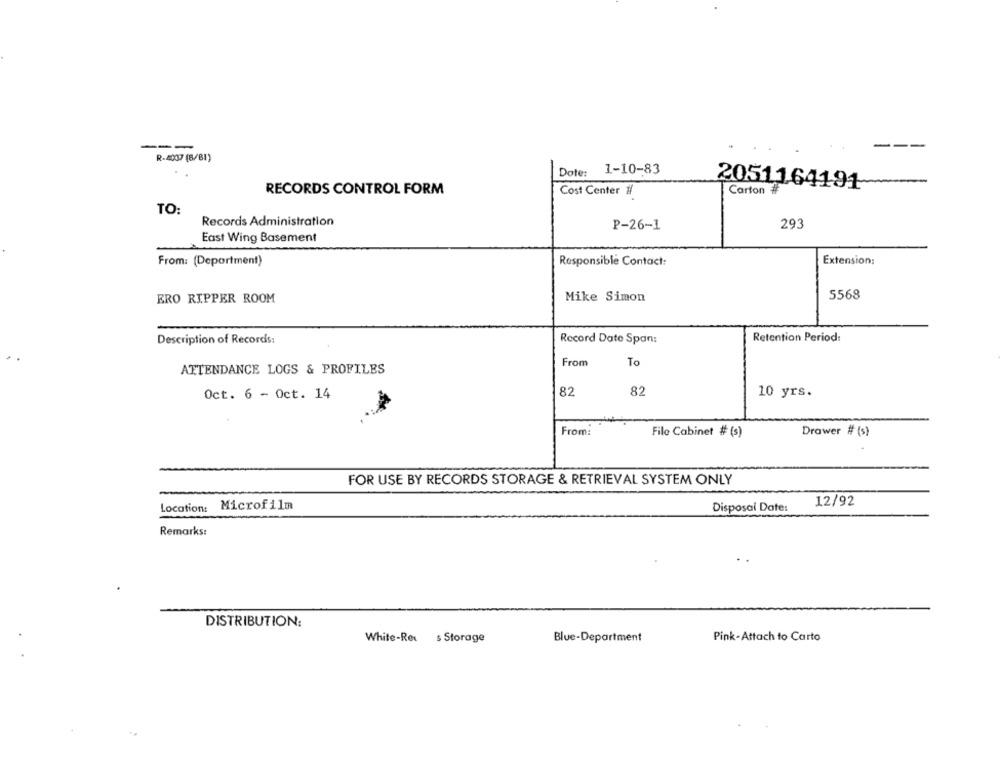
---
-
R-4037 (6/81)
1-10-83
Dote:
RECORDS CONTROL FORM
Cost Center 1/
2051164191
Carton #
TO:
Records Administration
P-26-1
293
East Wing Basement
From: (Department)
Responsible Contact:
Extension:
Mike Simon
5568
ERO RIPPER ROOM
Description of Records:
Record Date Span:
Retention Period:
From
To
ATTENDANCE LOGS & PROFILES
Oct. 6 - Oct. 14
82
82
10 yrs.
From:
File Cabinet # (s)
Drawer # (s)
FOR USE BY RECORDS STORAGE & RETRIEVAL SYSTEM ONLY
12/92
Location:
Microfilm
Disposal Date:
Remarks:
DISTRIBUTION:
White-Ret s Storage
Blue-Department
Pink -Attach to Carto